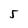
Character: 5